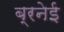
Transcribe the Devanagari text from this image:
ब्रनेई